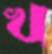
খ